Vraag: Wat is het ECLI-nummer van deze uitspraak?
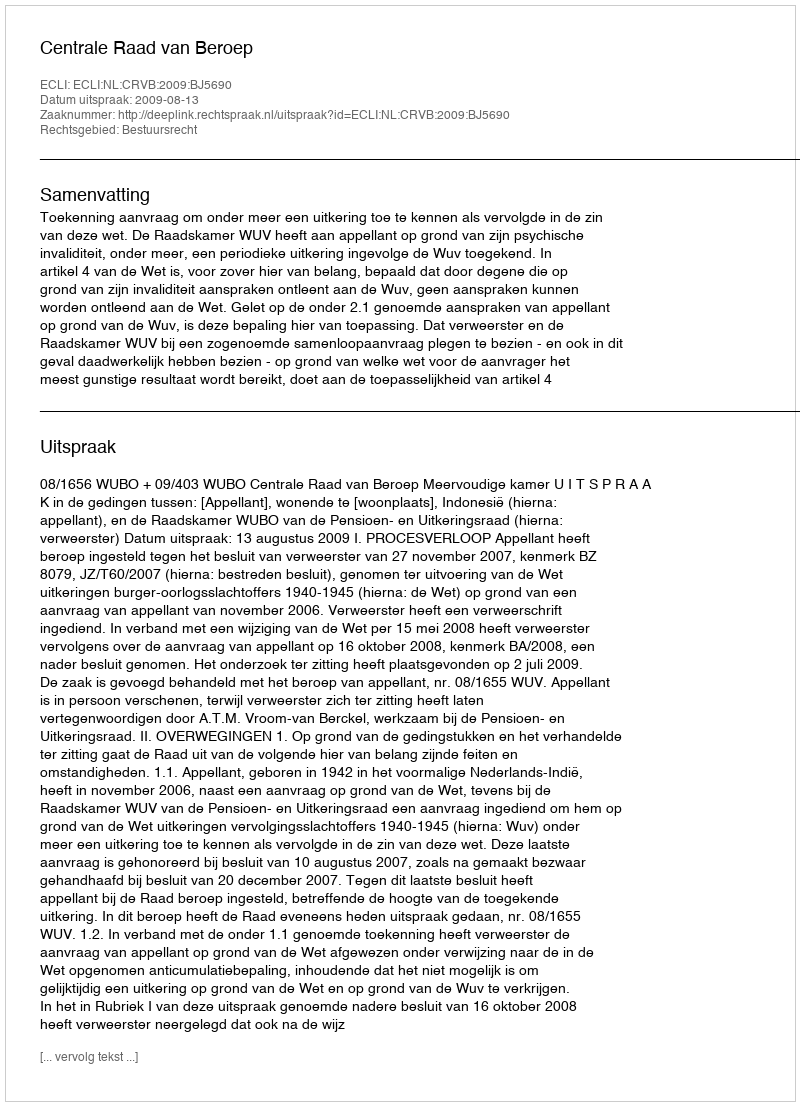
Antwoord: ECLI:NL:CRVB:2009:BJ5690